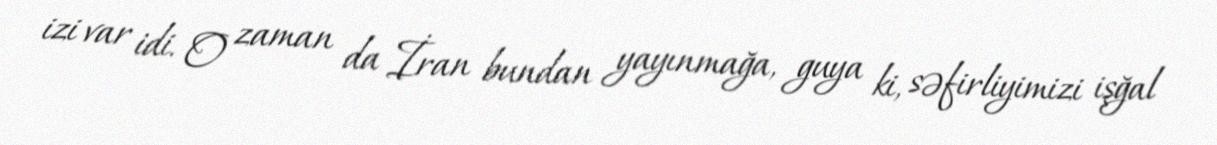
izi var idi. O zaman da İran bundan yayınmağa, guya ki, səfirliyimizi işğal